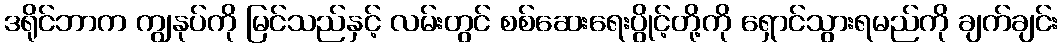
ဒရိုင်ဘာက ကျွနုပ်ကို မြင်သည်နှင့် လမ်းတွင် စစ်ဆေးရေးပွိုင့်တို့ကို ရှောင်သွားရမည်ကို ချက်ချင်း